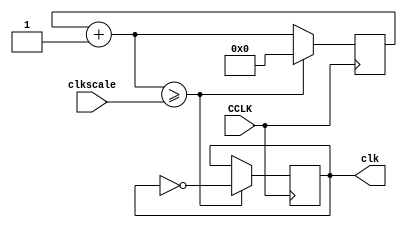

module Clk(
    input CCLK,
    input [31:0] clkscale,
    output reg clk
    );
    

    reg [31:0] clkq = 0;
        
    //sets the clk to oscillate at a the time clkscale
    always@(posedge CCLK)
        begin
            clkq = clkq + 1;
            
            if (clkq >= clkscale) 
                begin
                    clk =~clk;
                    clkq = 0;
                end
            end
           
endmodule